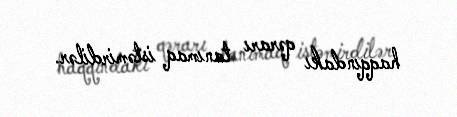
haqqındakı qərarı tanımaq istəmirdilər.